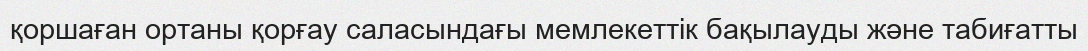
қоршаған ортаны қорғау саласындағы мемлекеттік бақылауды және табиғатты